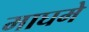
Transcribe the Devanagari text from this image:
माघमे